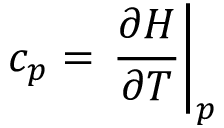
c _ { p } = \left. \frac { \partial H } { \partial T } \right\rvert _ { p }